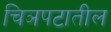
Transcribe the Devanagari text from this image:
चिञपटातील